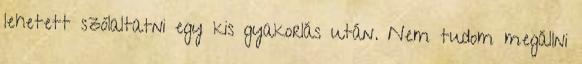
lehetett szólaltatni egy kis gyakorlás után. Nem tudom megállni